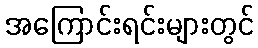
အကြောင်းရင်းများတွင်